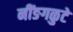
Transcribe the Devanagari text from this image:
नींङगळुटे